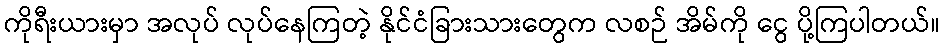
ကိုရီးယားမှာ အလုပ် လုပ်နေကြတဲ့ နိုင်ငံခြားသားတွေက လစဉ် အိမ်ကို ငွေ ပို့ကြပါတယ်။